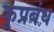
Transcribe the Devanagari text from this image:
कुप्रबंध